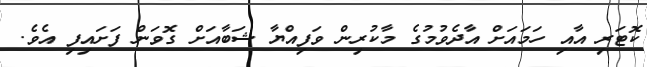
ކޮޓަރި އާއި ހަމައަށް އާދެވުމުގެ މާކުރިން ވަފިއްޔާ ޝަބާއަށް ގޮވަން ފަށައިފި އެވެ.